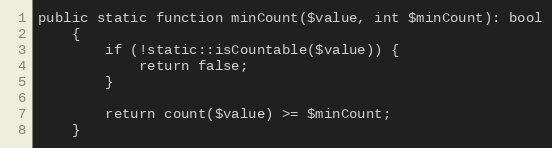
Language: PHP
public static function minCount($value, int $minCount): bool
    {
        if (!static::isCountable($value)) {
            return false;
        }

        return count($value) >= $minCount;
    }